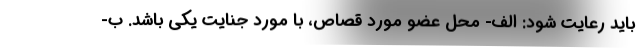
باید رعایت شود: الف- محل عضو مورد قصاص، با مورد جنایت یکی باشد. ب-